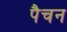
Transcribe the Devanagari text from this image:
पैचन